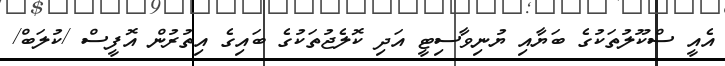
އެއީ ސްކޫލުތަކުގެ ބަޔާއި ޔުނިވާސިޓީ އަދި ކޮލެޖުތަކުގެ ބައިގެ އިތުރުން އޮފީސް /ކުލަބް/